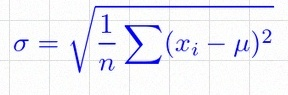
\sigma=\sqrt{\frac1n\sum(x_i-\mu)^2}